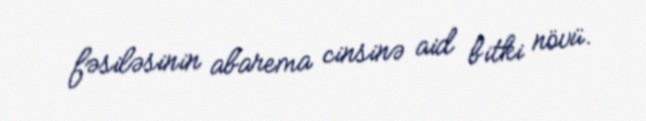
fəsiləsinin abarema cinsinə aid bitki növü.